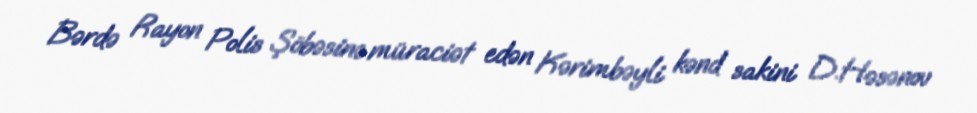
Bərdə Rayon Polis Şöbəsinə müraciət edən Kərimbəyli kənd sakini D.Həsənov